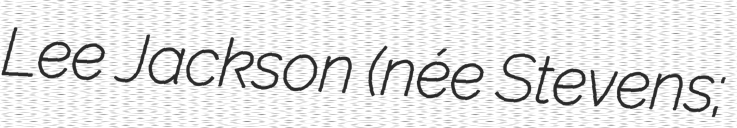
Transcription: Lee Jackson (née Stevens;